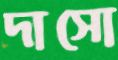
দাসো